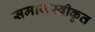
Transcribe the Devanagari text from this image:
समाजस्वीकृत